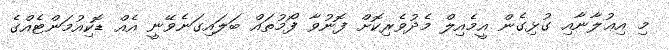
މި އިޢުލާނާއި ގުޅިގެން އީމެއިލް މެދުވެރިކޮށް ފޮނުވާ ފޯމުތައް ބަލައިގަނެވޭނީ އެއް ޑޮކިއުމަންޓެއްގެ